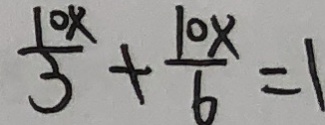
\frac { 1 0 x } { 3 } + \frac { 1 0 x } { 6 } = 1